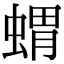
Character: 蝟